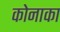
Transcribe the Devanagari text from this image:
कोनाका